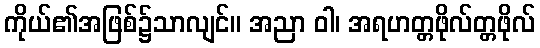
ကိုယ်၏အဖြစ်၌သာလျင်။ အညာ ဝါ၊ အရဟတ္တဖိုလ်တ္တဖိုလ်